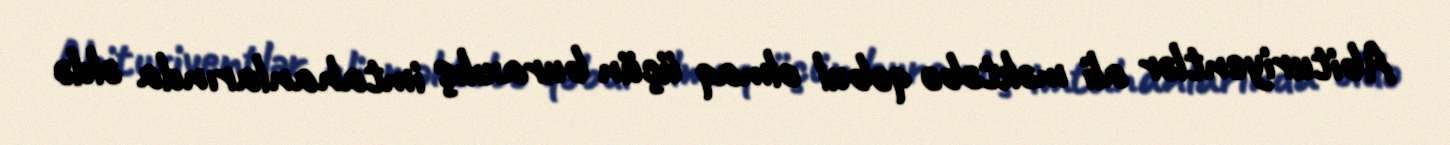
Abituriyentlər ali məktəbə qəbul olmaq üçün buraxılış imtahanlarında əldə